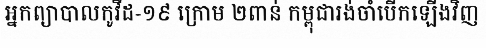
អ្នកព្យាបាលកូវីដ-១៩ ក្រោម ២ពាន់ កម្ពុជារង់ចាំបើកឡើងវិញ